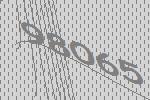
98065